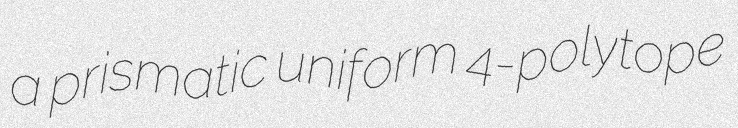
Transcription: a prismatic uniform 4-polytope